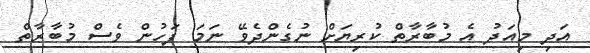
އަދި މިއަދު އެ މުބާރާތް ކުރިޔަށް ނުގެންދެވޭ ނަމަ ފަހުން ވެސް މުބާރާތް